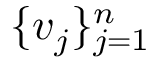
\{ { v } _ { j } \} _ { j = 1 } ^ { n }